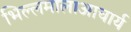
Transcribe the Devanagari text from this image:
भिल्लमालाआचार्य